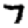
Digit: 7